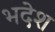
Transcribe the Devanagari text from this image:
भदेश